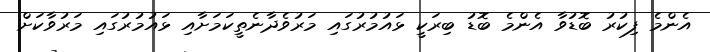
އެންމެ ފިކުރު ބޮޑުވާ އެންމެ ބޮޑު ބިރަކީ ޅައުމުރުގައި މަރުވެދާނެތީކަމަށާއި ޅައުމުރުގައި މަރުވާކަށް